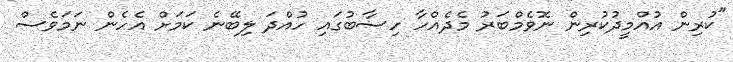
"ކުރިން އުއްމީދުކުރިން ނޮވެމްބަރު މެދެއްހާ ހިސާބުގައި ހުއްދަ ލިބޭނެ ކަމަށް އެހެން ނަމަވެސް